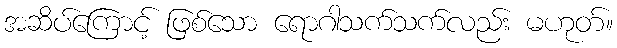
အဆိပ်ကြောင့် ဖြစ်သော ရောဂါသက်သက်လည်း မဟုတ်။